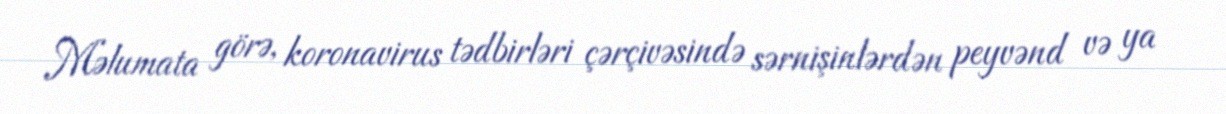
Məlumata görə, koronavirus tədbirləri çərçivəsində sərnişinlərdən peyvənd və ya